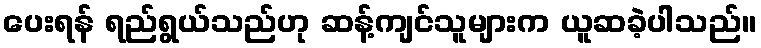
ပေးရန် ရည်ရွယ်သည်ဟု ဆန့်ကျင်သူများက ယူဆခဲ့ပါသည်။